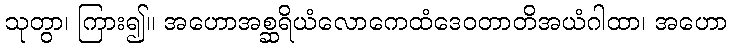
သုတွာ၊ ကြား၍။ အဟောအစ္ဆရိယံလောကေထံဒေဝတာတိအယံဂါထာ၊ အဟော